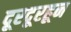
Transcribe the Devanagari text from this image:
दूरदूरहून